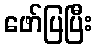
ဖော်ပြပြီး